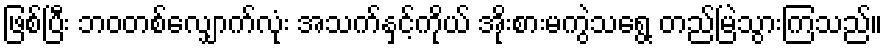
ဖြစ်ပြီး ဘဝတစ်လျှောက်လုံး အသက်နှင့်ကိုယ် အိုးစားမကွဲသရွေ့ တည်မြဲသွားကြသည်။